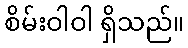
စိမ်းဝါဝါ ရှိသည်။